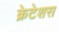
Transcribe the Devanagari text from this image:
क्रेटेशस